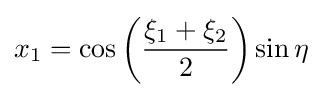
x_{1}=\cos \left({\frac {\xi _{1}+\xi _{2}}{2}}\right)\sin \eta